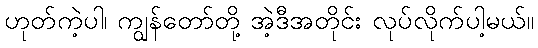
ဟုတ်ကဲ့ပါ၊ ကျွန်တော်တို့ အဲ့ဒီအတိုင်း လုပ်လိုက်ပါ့မယ်။